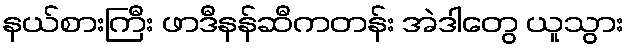
နယ်စားကြီး ဖာဒီနန်ဆီကတန်း အဲဒါတွေ ယူသွား